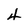
Character: 4